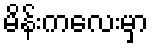
မိန်းကလေးမှာ